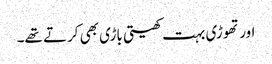
اور تھوڑی بہت کھیتی باڑی بھی کرتے تھے۔